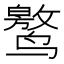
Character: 𱊯